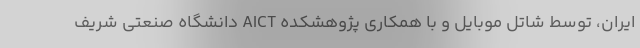
ایران، توسط شاتل موبایل و با همکاری پژوهشکده AICT دانشگاه صنعتی شریف